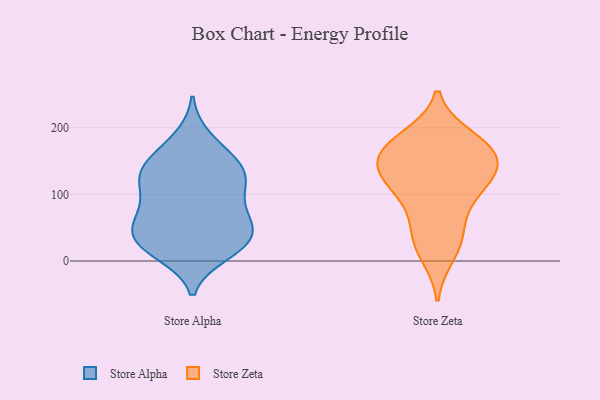
{"axis": {"x": "Satisfaction Score", "y": "Value"}, "legend": ["Store Alpha", "Store Zeta"], "data": [{"x": "", "y": 76, "type": "Store Alpha"}, {"x": "", "y": 59, "type": "Store Alpha"}, {"x": "", "y": 23, "type": "Store Alpha"}, {"x": "", "y": 59, "type": "Store Alpha"}, {"x": "", "y": 113, "type": "Store Alpha"}, {"x": "", "y": 51, "type": "Store Alpha"}, {"x": "", "y": 26, "type": "Store Alpha"}, {"x": "", "y": 108, "type": "Store Alpha"}, {"x": "", "y": 184, "type": "Store Alpha"}, {"x": "", "y": 79, "type": "Store Alpha"}, {"x": "", "y": 19, "type": "Store Alpha"}, {"x": "", "y": 123, "type": "Store Alpha"}, {"x": "", "y": 12, "type": "Store Alpha"}, {"x": "", "y": 29, "type": "Store Alpha"}, {"x": "", "y": 147, "type": "Store Alpha"}, {"x": "", "y": 166, "type": "Store Alpha"}, {"x": "", "y": 42, "type": "Store Alpha"}, {"x": "", "y": 137, "type": "Store Alpha"}, {"x": "", "y": 130, "type": "Store Alpha"}, {"x": "", "y": 136, "type": "Store Alpha"}, {"x": "", "y": 138, "type": "Store Zeta"}, {"x": "", "y": 30, "type": "Store Zeta"}, {"x": "", "y": 10, "type": "Store Zeta"}, {"x": "", "y": 135, "type": "Store Zeta"}, {"x": "", "y": 149, "type": "Store Zeta"}, {"x": "", "y": 185, "type": "Store Zeta"}, {"x": "", "y": 181, "type": "Store Zeta"}, {"x": "", "y": 73, "type": "Store Zeta"}, {"x": "", "y": 107, "type": "Store Zeta"}, {"x": "", "y": 169, "type": "Store Zeta"}, {"x": "", "y": 166, "type": "Store Zeta"}, {"x": "", "y": 109, "type": "Store Zeta"}, {"x": "", "y": 119, "type": "Store Zeta"}, {"x": "", "y": 156, "type": "Store Zeta"}, {"x": "", "y": 41, "type": "Store Zeta"}]}